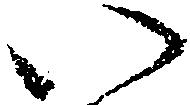
い